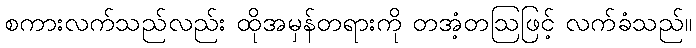
စကားလက်သည်လည်း ထိုအမှန်တရားကို တအံ့တဩဖြင့် လက်ခံသည်။